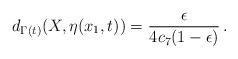
LaTeX: \begin{align*}d_{\Gamma(t)}(X, \eta(x_1,t)) = {\frac{ \epsilon }{4 c_7(1- \epsilon) }} \,.\end{align*}